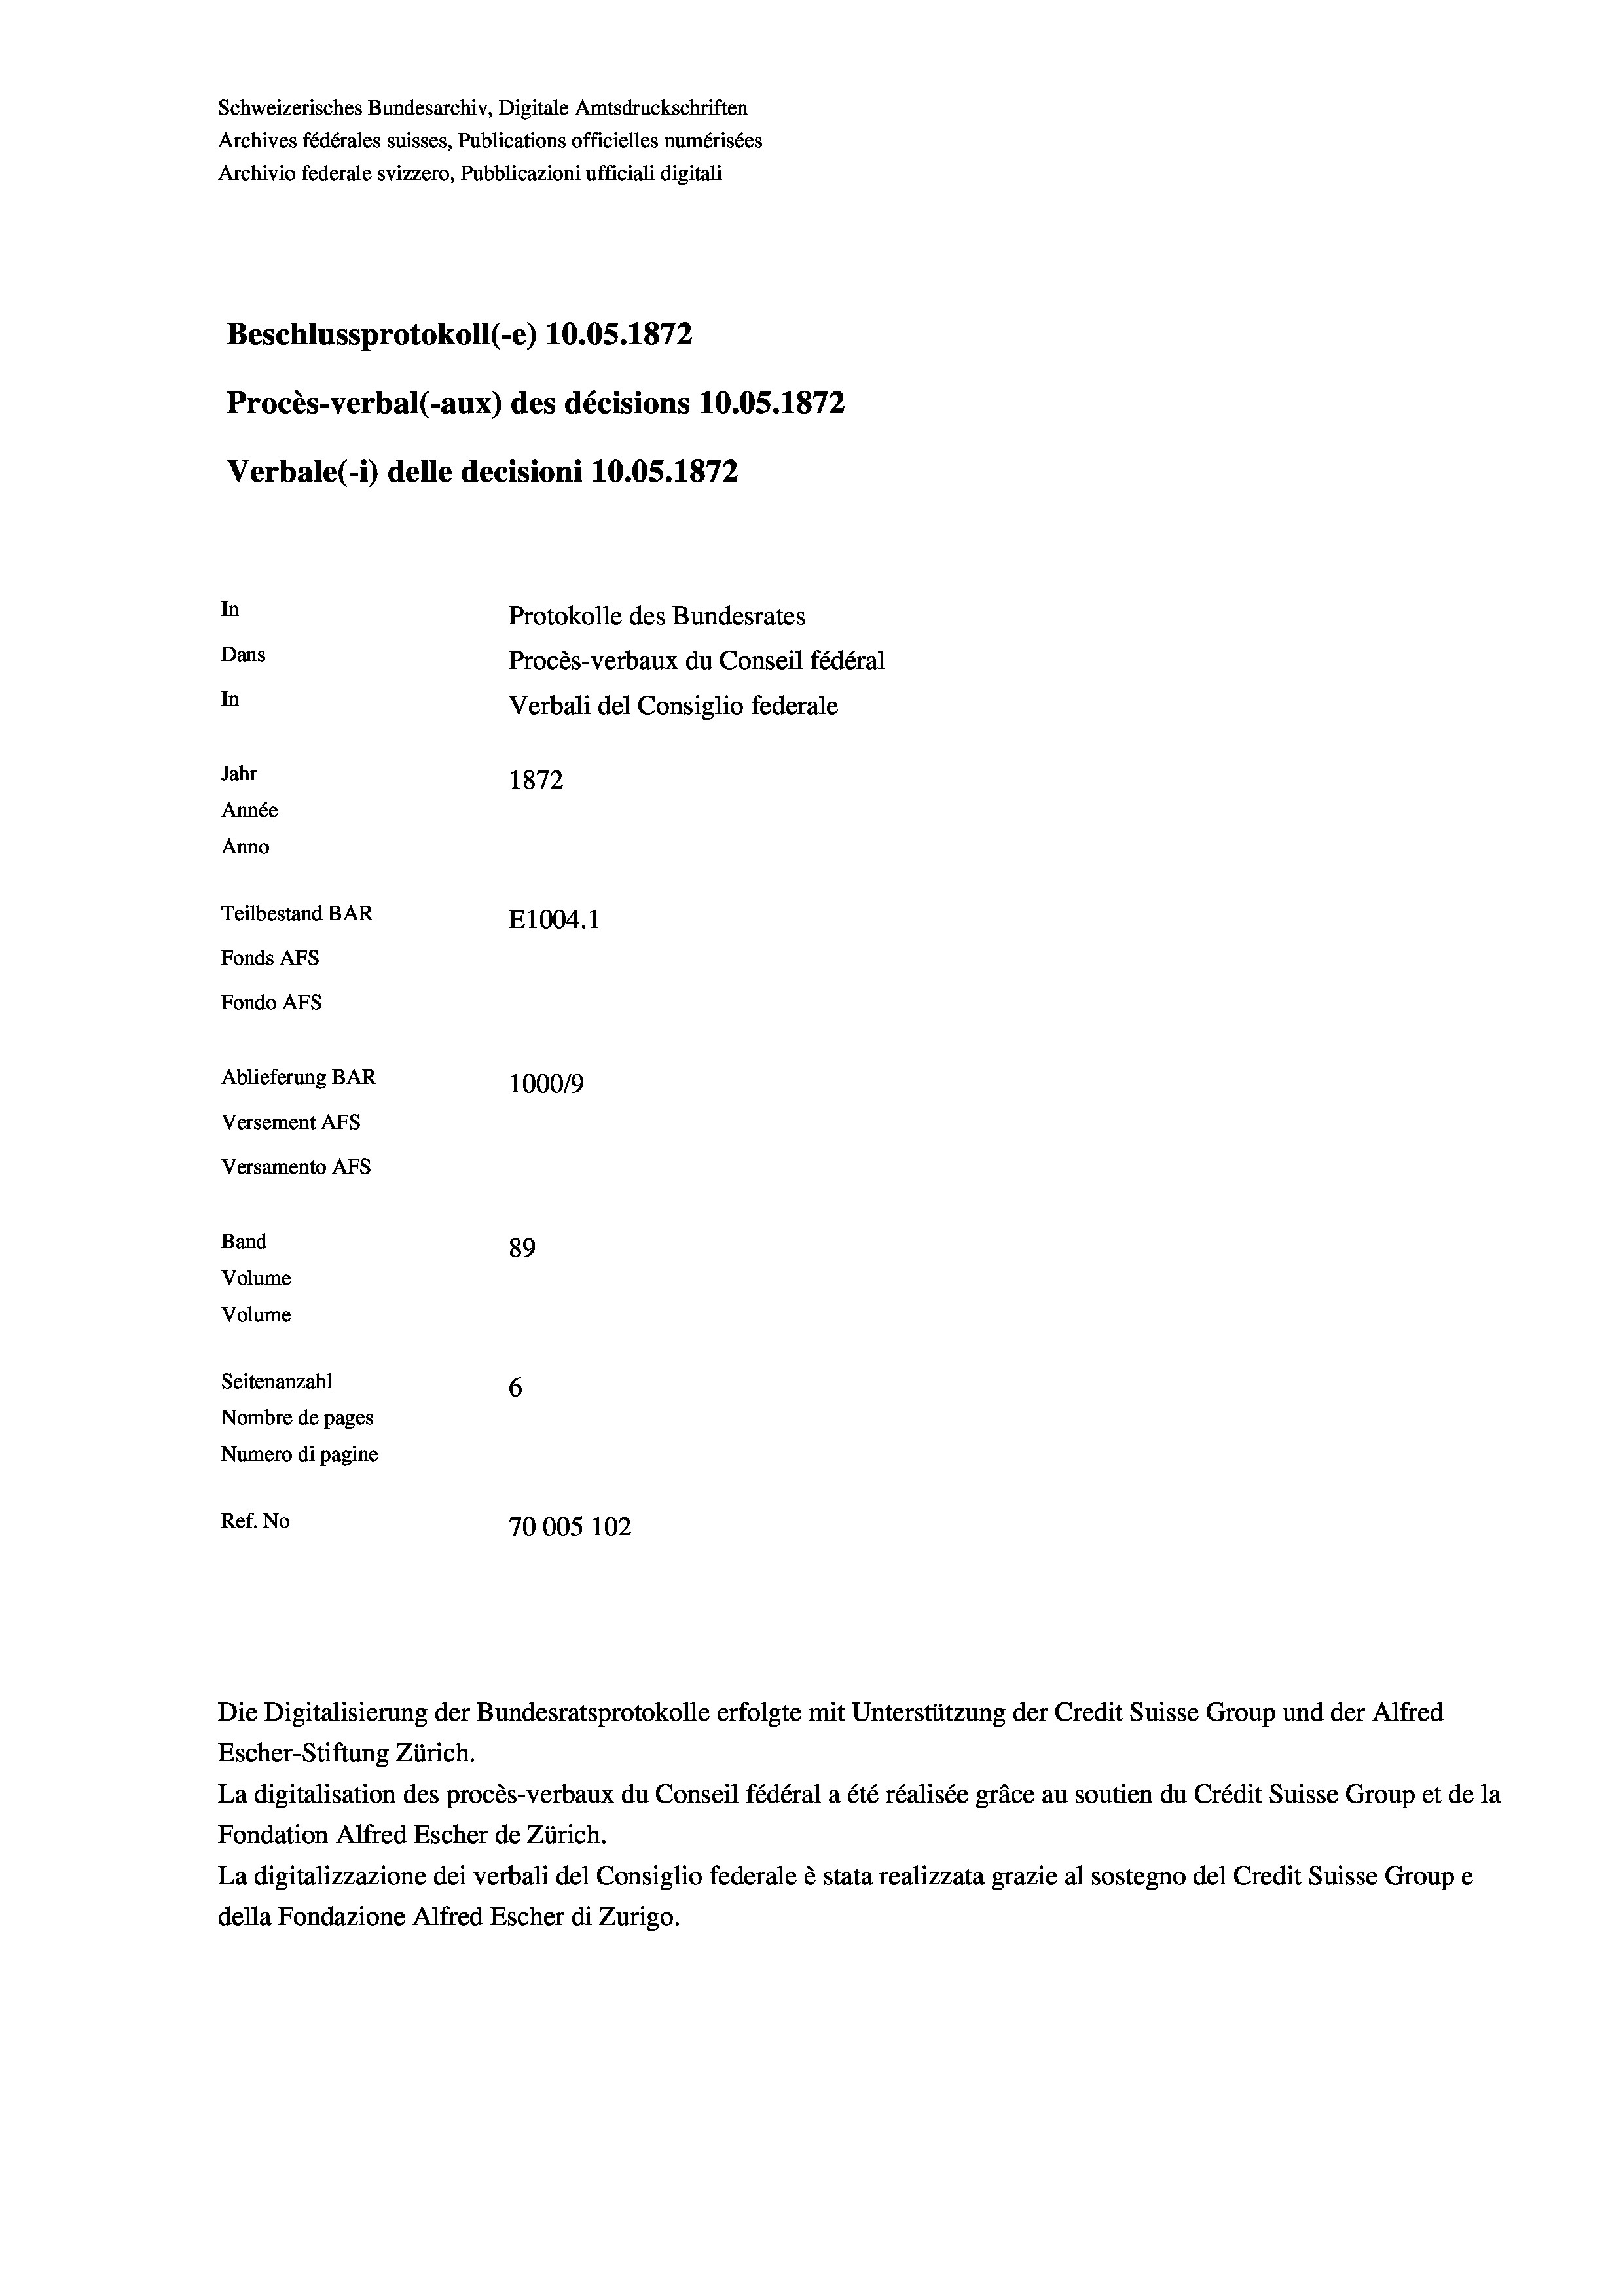
Schweizerisches Bundesarchiv, Digitale Amtsdruckschriften
Archives fédérales suisses, Publications officielles numérisées
Archivio federale svizzero, Pubblicazioni ufficiali digitali
Beschlussprotokoll (-e) 10.05. 1872
Procès-verbal (-aux) des décisions 10.05. 1872
Verbale (1) delle decisioni 10.05. 1872
In
Protokolle des Bundesrates
Dans
Procès-verbaux du Conseil fédéral
In
Verbali del Consiglio federale
Jahr
1872
Année
Anno
Teilbestand BAR
E1004.1
Fonds Afs
Fondo AFs
Ablieferung BAR
100019
Versement AFS
Versamento Afs
Band
89
Volume
Volume

Seitenanzahl
6
Nombre de pages
Numero di pagine
Ref. No
70005 102

Escher-Stiftung Zürich.
La digitalisation des procès-verbaux du Conseil fédéral a été réalisée gräce au soutien du Crédit Suisse Group et de la
Fondation Alfred Escher de Zürich.
La digitalizzazione dei verbali del Consiglio federale è stata realizzata grazie al sostegno del Credit Suisse Groupe
della Fondazione Alfred Escher di Zurigo.

Die Digitalisierung der Bundesratsprotokolle erfolgte mit Unterstützung der Credit Suisse Group und der Alfred